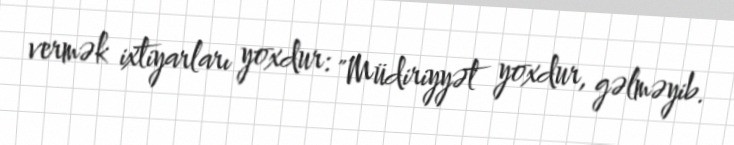
vermək ixtiyarları yoxdur: "Müdiriyyət yoxdur, gəlməyib.